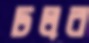
ঢলব